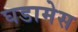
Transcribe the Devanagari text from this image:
घडामेस